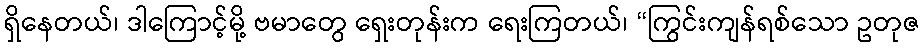
ရှိနေတယ်၊ ဒါကြောင့်မို့ ဗမာတွေ ရှေးတုန်းက ရေးကြတယ်၊ “ကြွင်းကျန်ရစ်သော ဥတုဇ